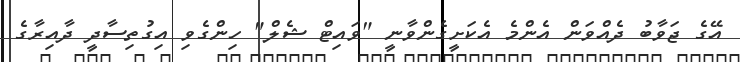
އޭގެ ޖަވާބު ދެއްވަން އެންމެ އެކަށީގެންވާނީ "ވައިޓް ޝެލް" ހިންގެވި އިގުތިސާދީ ދާއިރާގެ